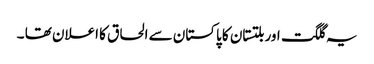
یہ گلگت اور بلتستان کا پاکستان سے الحاق کا اعلان تھا ۔